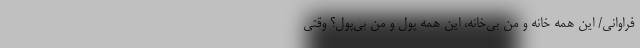
فراوانی/ این همه خانه و من بی‌خانه، این همه پول و من بی‌پول؟ وقتی